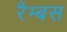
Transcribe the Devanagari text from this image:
रैम्बस